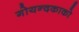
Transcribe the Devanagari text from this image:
गोयन्‍दकाको